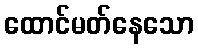
ထောင်မတ်နေသော